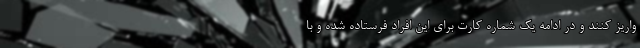
واریز کنند و در ادامه یک شماره کارت برای این افراد فرستاده شده و با